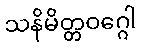
သနိမိတ္တဝဂ္ဂေါ